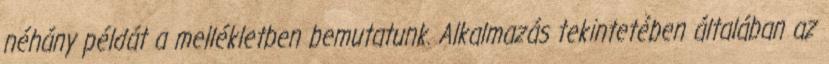
néhány példát a mellékletben bemutatunk. Alkalmazás tekintetében általában az